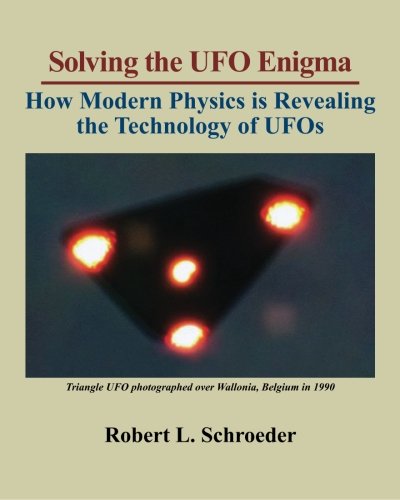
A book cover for Solving The UFO Enigma: How Modern Physics is Revealing the Technology of UFOs; Robert Louis Schroeder; Science & Math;